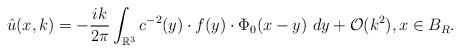
LaTeX: \begin{align*}\hat u(x, k)= -\frac{ik}{2\pi}\int_{\mathbb{R}^3} c^{-2}(y)\cdot f(y)\cdot \Phi_0(x-y)\ dy+\mathcal{O}(k^2),x\in B_R. \end{align*}